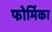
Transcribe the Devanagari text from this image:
फोर्मिका